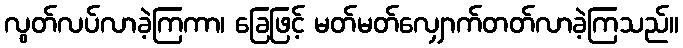
လွတ်လပ်လာခဲ့ကြကာ၊ ခြေဖြင့် မတ်မတ်လျှောက်တတ်လာခဲ့ကြသည်။